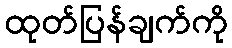
ထုတ်ပြန်ချက်ကို